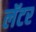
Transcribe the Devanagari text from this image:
लॅटर